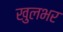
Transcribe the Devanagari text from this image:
खुलभर